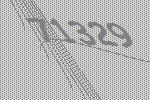
71329